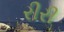
રીરી